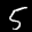
Label: 5